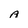
Character: A